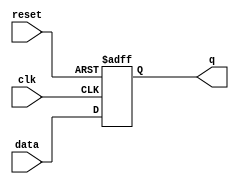
module dff_20(
data  , 
q,
clk    , 
reset  
);
input data, clk, reset ; 
output q;
reg q;
always @ ( posedge clk or posedge reset)
if (reset) begin
  q <= 1'b0;
end  else begin
  q <= data;
end
endmodule